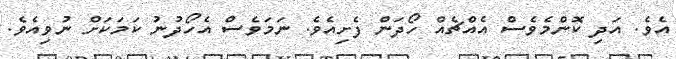
އެވެ. އަދި ކޮންމެވެސް އެއްޗެއް ހޯދަން ފެށިއެވެ. ނަމަވެސް އެހޯދުނު ކަމަކަށް ނުވިއެވެ.